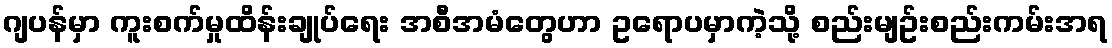
ဂျပန်မှာ ကူးစက်မှုထိန်းချုပ်ရေး အစီအမံတွေဟာ ဥရောပမှာကဲ့သို့ စည်းမျဥ်းစည်းကမ်းအရ